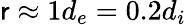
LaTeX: \mathsf{r}\approx1d_{e}=0.2d_{i}